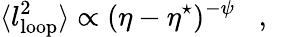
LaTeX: \langle l_{\mathrm{loop}}^{2}\rangle\propto(\eta-\eta^{\star})^{-\psi}\, \, \, \, \, ,\, \, \, \, \,